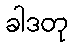
ခါဒတု